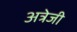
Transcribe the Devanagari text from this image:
अत्रेजी